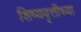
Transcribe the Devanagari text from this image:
शिष्यवृत्तीच्या